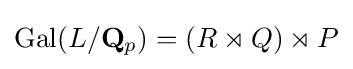
{\text{Gal}}(L/\mathbf {Q} _{p})=(R\rtimes Q)\rtimes P